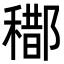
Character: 𨞒